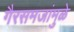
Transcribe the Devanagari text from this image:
गैरसमजांमुळे